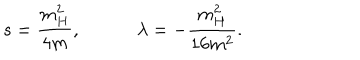
s = \frac { m _ { H } ^ { 2 } } { 4 m } , \quad \quad \quad \lambda = - \frac { m _ { H } ^ { 2 } } { 1 6 m ^ { 2 } } .